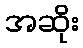
အဆိုး